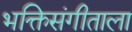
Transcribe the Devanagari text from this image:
भक्तिसंगीताला